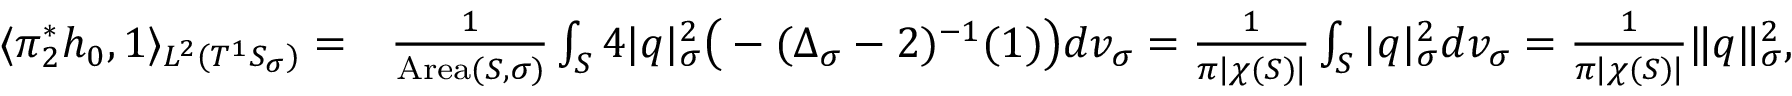
\begin{array} { r l } { \langle \pi _ { 2 } ^ { * } h _ { 0 } , 1 \rangle _ { L ^ { 2 } ( T ^ { 1 } S _ { \sigma } ) } = } & { \frac { 1 } { \mathrm { A r e a } ( S , \sigma ) } \int _ { S } 4 | q | _ { \sigma } ^ { 2 } \big ( - ( \Delta _ { \sigma } - 2 ) ^ { - 1 } ( 1 ) \big ) d v _ { \sigma } = \frac { 1 } { \pi | \chi ( S ) | } \int _ { S } | q | _ { \sigma } ^ { 2 } d v _ { \sigma } = \frac { 1 } { \pi | \chi ( S ) | } \| q \| _ { \sigma } ^ { 2 } , } \end{array}